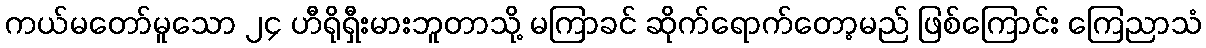
ကယ်မတော်မူသော ၂၄ ဟီရိုရှီးမားဘူတာသို့ မကြာခင် ဆိုက်ရောက်တော့မည် ဖြစ်ကြောင်း ကြေညာသံ